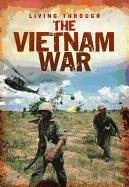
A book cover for The Vietnam War (Living Through. . .); Cath Senker; Children's Books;